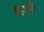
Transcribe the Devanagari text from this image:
भारतीे